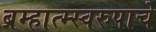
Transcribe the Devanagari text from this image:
ब्रम्हात्म्स्वरुपाचे